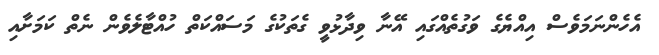
އެހެންނަމަވެސް އިއްޔެގެ ވަގުތެއްގައި އޭނާ ވިދާޅުވީ ގެތަކުގެ މަސައްކަތް ހުއްޓާލެވެން ނެތް ކަމަށާއި